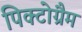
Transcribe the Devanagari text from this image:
पिक्टोग्रैम